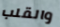
والقلب